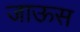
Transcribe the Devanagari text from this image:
जाऊस